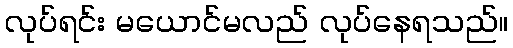
လုပ်ရင်း မယောင်မလည် လုပ်နေရသည်။